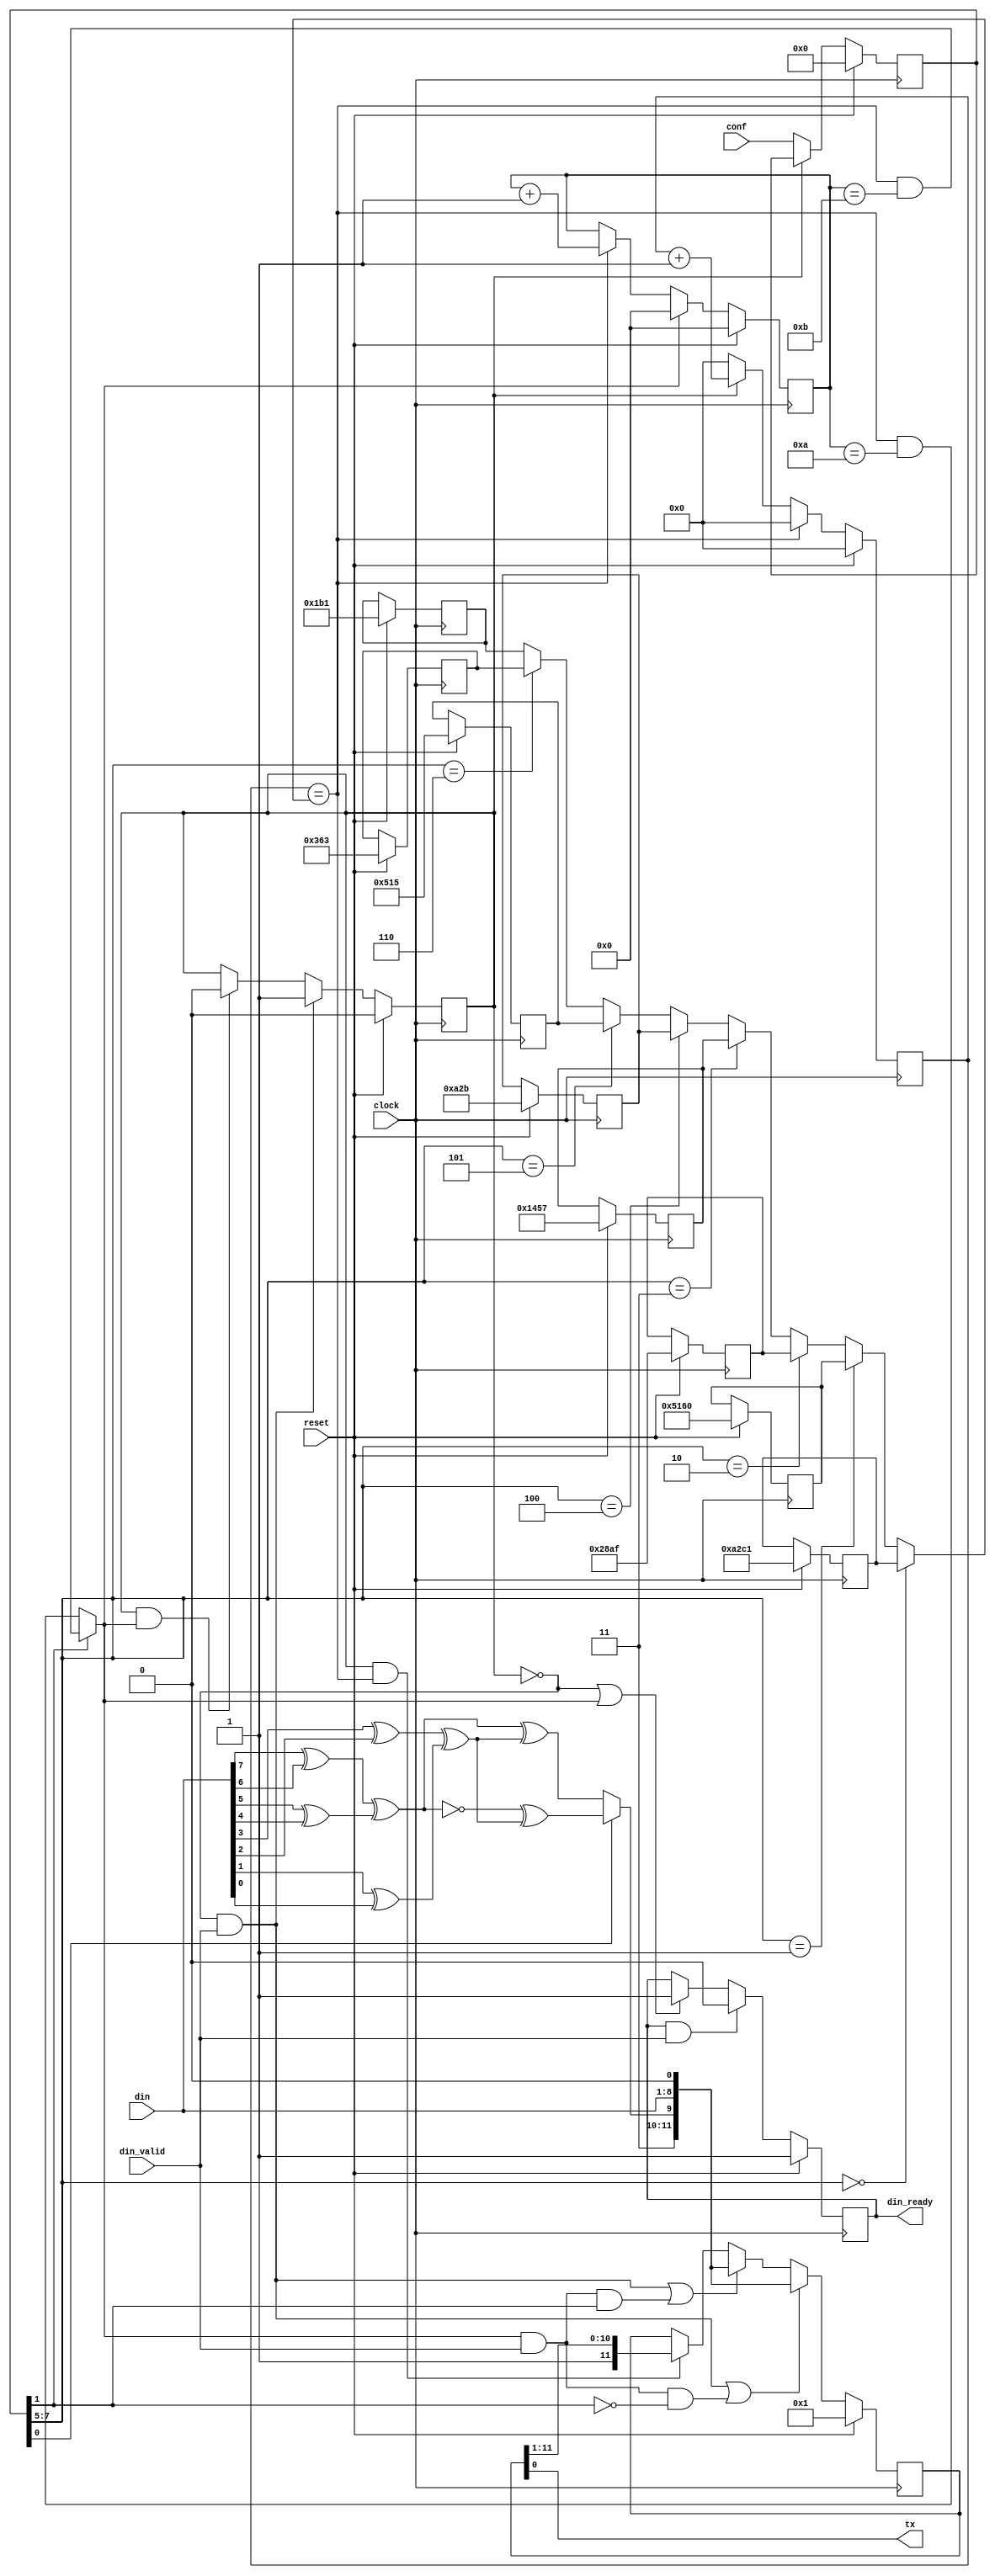
`timescale 1ns/1ps

module uart_tx #(
   parameter FREQ = 50000000
  ,parameter CONFIG_WIDTH = 8
  ,parameter UART_DATA_WIDTH = 8
)(
  //system
   input                          clock
  ,input                          reset
  ,input      [7:0]               din
  ,input                          din_valid
  ,output reg                     din_ready
  ,output                         tx
  //config
  ,input      [CONFIG_WIDTH-1:0]  conf
);

reg [CONFIG_WIDTH -1:0] tx_conf;

reg [3:0] bit_cnt;

reg [31:0] baud_cnt;
wire [31:0] baud_cnt_limit;
reg [31:0] baud_cnt_limit_array[0:7];
always @ (posedge clock)
if (reset) begin
  baud_cnt_limit_array[0] <= FREQ/1200 -1;
  baud_cnt_limit_array[1] <= FREQ/2400 -1;
  baud_cnt_limit_array[2] <= FREQ/4800 -1;
  baud_cnt_limit_array[3] <= FREQ/9600 -1;
  baud_cnt_limit_array[4] <= FREQ/19200 -1;
  baud_cnt_limit_array[5] <= FREQ/38400 -1;
  baud_cnt_limit_array[6] <= FREQ/57600 -1;
  baud_cnt_limit_array[7] <= FREQ/115200 -1;
end

assign baud_cnt_limit = tx_conf[7:5] == 0 ? baud_cnt_limit_array[0] :
                        tx_conf[7:5] == 1 ? baud_cnt_limit_array[1] :
                        tx_conf[7:5] == 2 ? baud_cnt_limit_array[2] :
                        tx_conf[7:5] == 3 ? baud_cnt_limit_array[3] :
                        tx_conf[7:5] == 4 ? baud_cnt_limit_array[4] :
                        tx_conf[7:5] == 5 ? baud_cnt_limit_array[5] :
                        tx_conf[7:5] == 6 ? baud_cnt_limit_array[6] : baud_cnt_limit_array[7];

localparam  IDLE = 1'b0,
            DATA = 1'b1;

reg     state;
wire    next_state;

wire IDLE_state;
wire DATA_state;

assign IDLE_state   = !state;
assign DATA_state   = state;

wire bit_flag;
wire bit_last;

assign next_state = IDLE_state & din_valid  ? DATA  :
                    DATA_state & bit_last   ? IDLE : state;

always @(posedge clock)
if (reset)  state <= IDLE;
else        state <= next_state;

always @(posedge clock)
if (reset)              tx_conf <= 0;
else if (state == IDLE) tx_conf <= conf;
else                    tx_conf <= tx_conf;

always @(posedge clock)
if (reset)                      din_ready <= 1;
else if (din_ready & din_valid) din_ready <= 0;
else if (IDLE_state | bit_last) din_ready <= 1;
else                            din_ready <= din_ready;

reg [11:0] tx_buf;

wire even_parity;
assign even_parity = ((din[7] ^ din[6]) ^ (din[5] ^ din[4])) ^((din[3] ^ din[2]) ^ (din[1] ^ din[0]));
wire odd_parity;
assign odd_parity = ~((din[7] ^ din[6]) ^ (din[5] ^ din[4])) ^((din[3] ^ din[2]) ^ (din[1] ^ din[0]));
wire parity;
assign parity = tx_conf[0] ? odd_parity : even_parity;

always @(posedge clock)
if (reset)                                                                tx_buf <= 1;
else if ((IDLE_state & din_valid) | (bit_last & din_valid) & ~tx_conf[1]) tx_buf <= {2'b11, parity, din, 1'b0};
else if ((IDLE_state & din_valid) | (bit_last & din_valid) &  tx_conf[1]) tx_buf <= {2'b11, parity, din, 1'b0};
else if (DATA_state & bit_flag)                                           tx_buf <= {1'b1, tx_buf[11:1]};
else                                                                      tx_buf <= tx_buf;

assign tx = tx_buf[0];

assign bit_flag = baud_cnt == baud_cnt_limit;
assign bit_last = tx_conf[1] ? bit_flag & bit_cnt == 11 : bit_flag & bit_cnt == 10;

always @(posedge clock)
if (reset)          bit_cnt <= 0;
else if (bit_last)  bit_cnt <= 0;
else if (bit_flag)  bit_cnt <= bit_cnt + 1;
else                bit_cnt <= bit_cnt;

always @(posedge clock)
if (reset)              baud_cnt <= 0;
else if (bit_flag)      baud_cnt <= 0;
else if (!IDLE_state)   baud_cnt <= baud_cnt + 1;
else                    baud_cnt <= 0;

endmodule